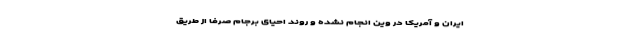
ایران و آمریکا در وین انجام نشده و روند احیای برجام صرفا از طریق